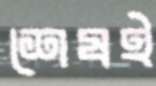
শেষই